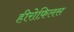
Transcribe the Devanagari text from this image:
हीरोफ़िलस